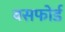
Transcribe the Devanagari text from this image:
बसफोर्ड